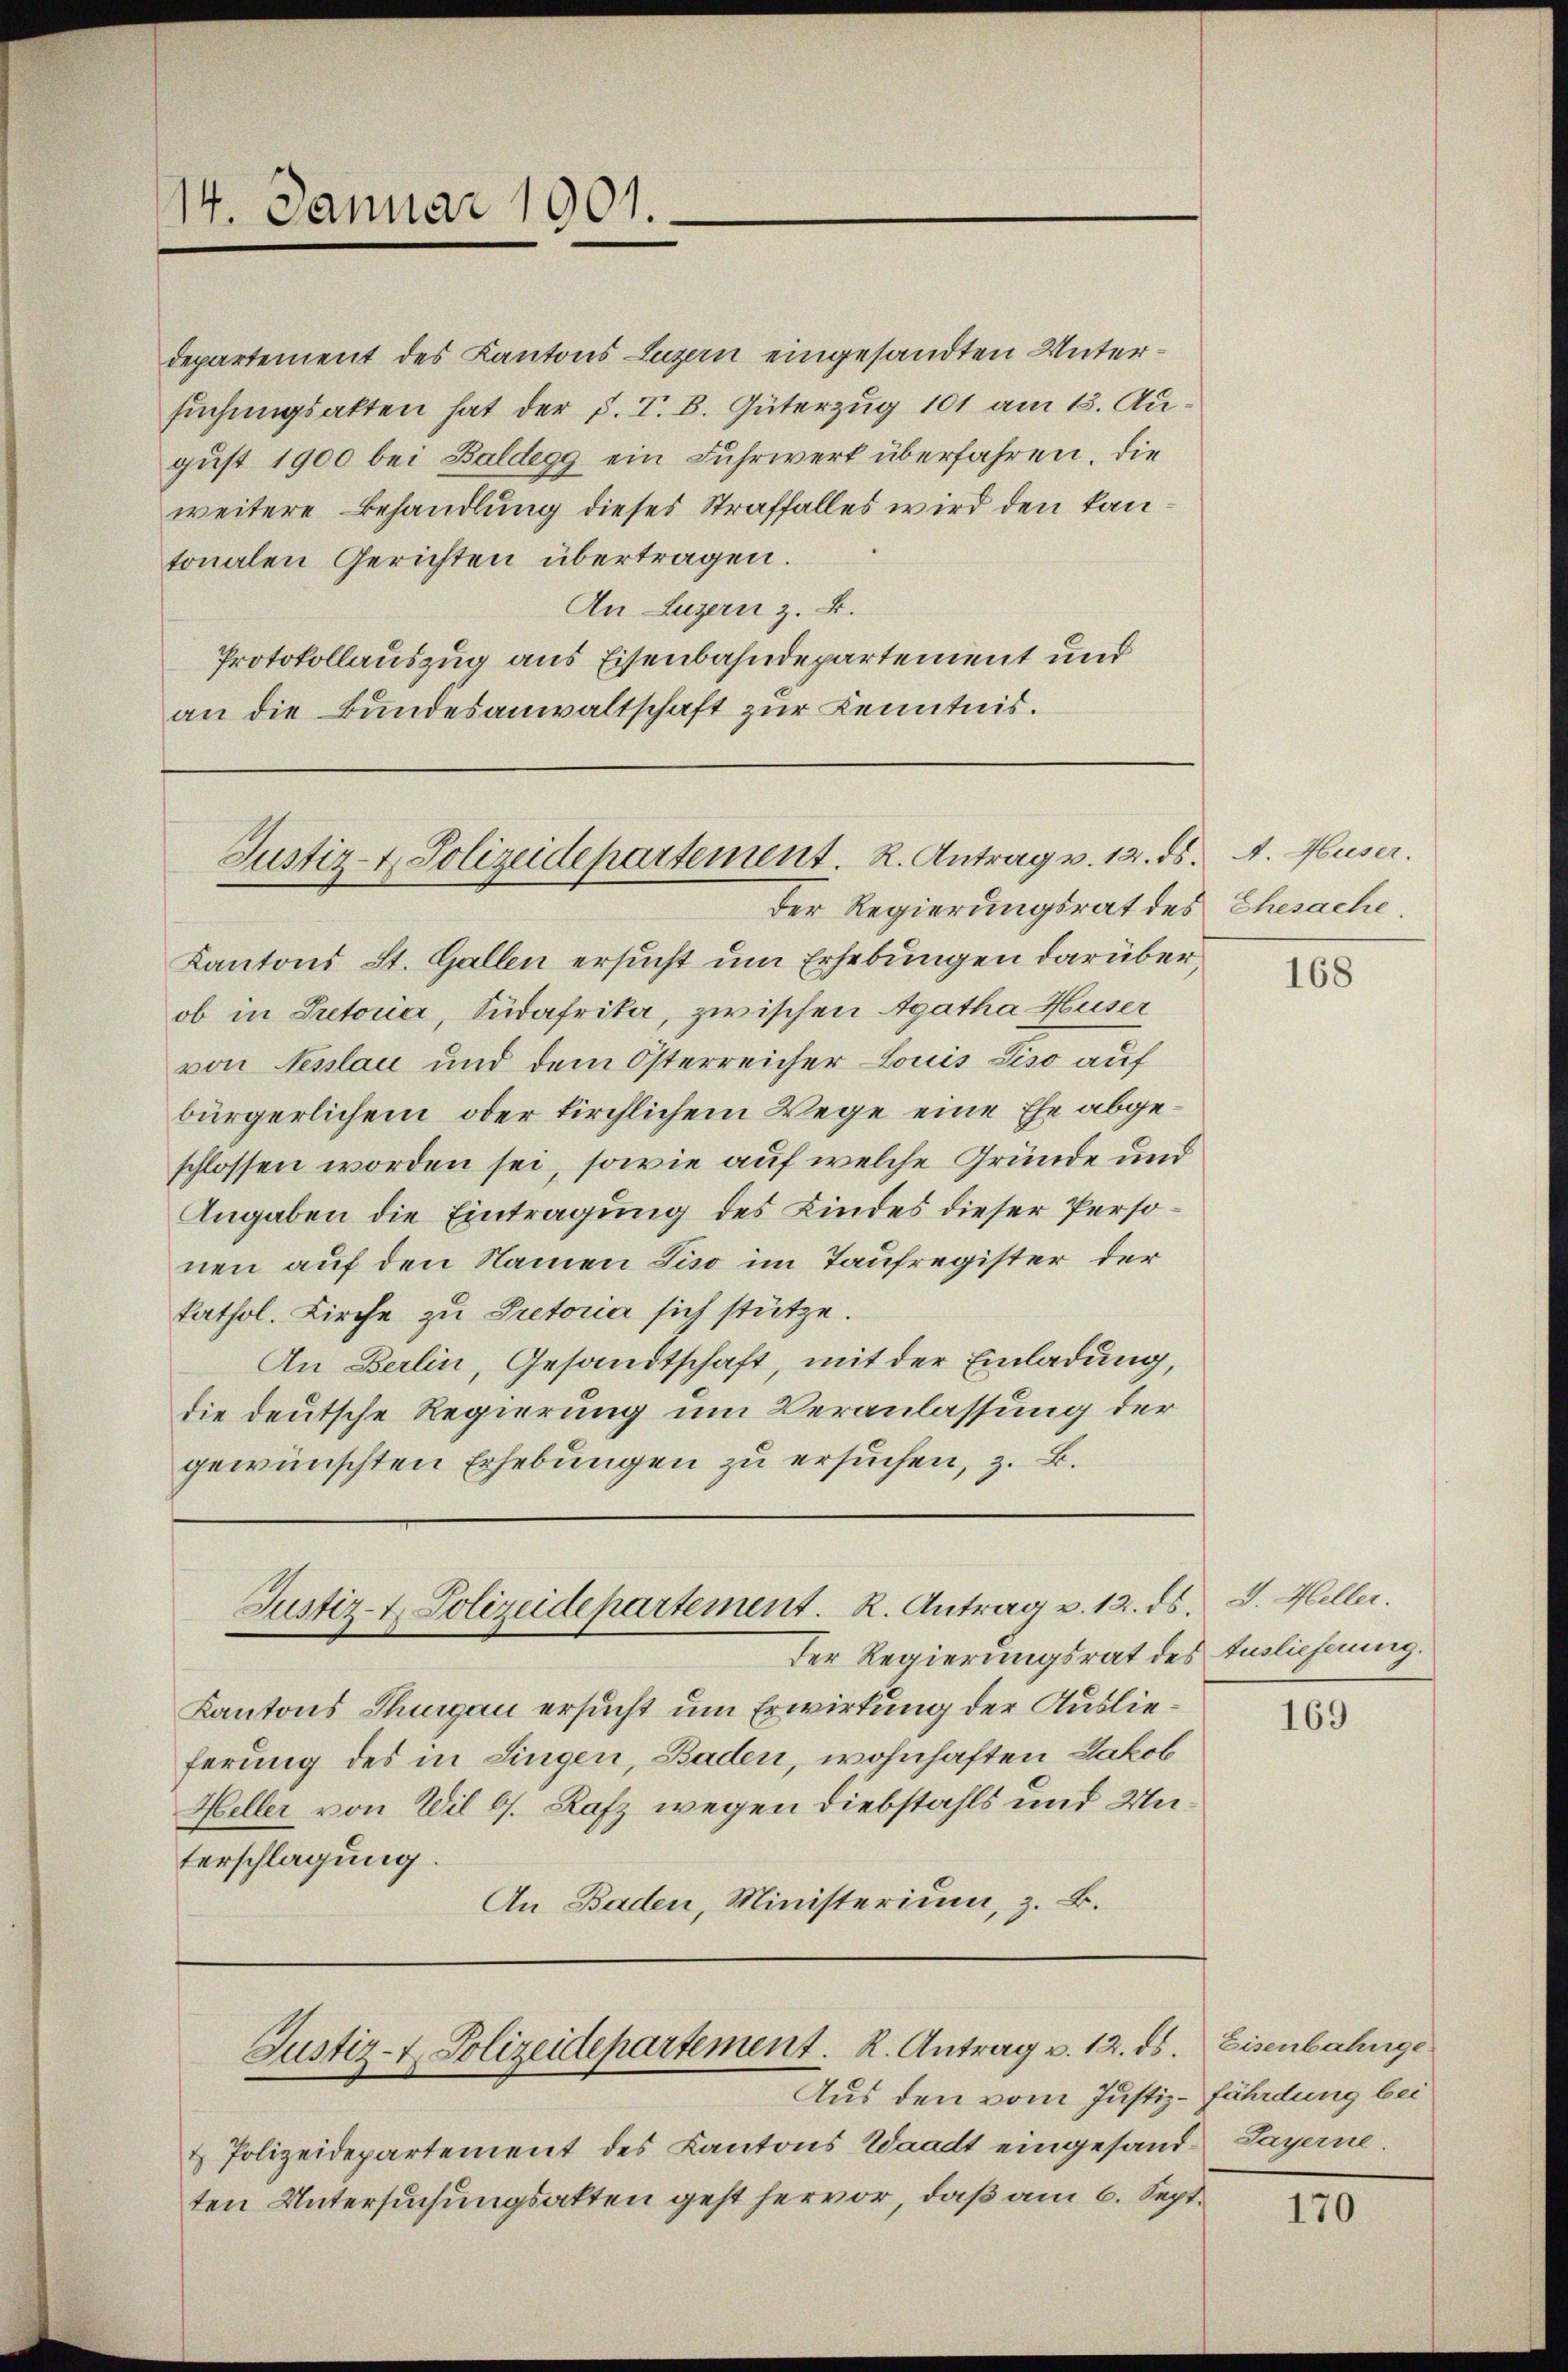
14. Januar 1901.

departement des Kantons Luzern eingesandten Untersuchungsakten hat der h. T. B. Güterzug 101 am 13. August 1900 bei Baldegg ein Fuhrwerk überfahren, die
weitere Behandlung dieses Straffalles wird den kantonalen Gerichten übertragen.
An Luzern z. B.
Protokollauszug aus Eisenbahndepartement und
an die Bundesanwaltschaft zur Kenntnis.

Justiz- & Polizeidepartement. R. Antrag v. 12. ds.

Justiz- & Polizeidepartement. R. Antrag v. 12. ds. J. Heller.

Justiz- & Polizeidepartement. R. Antrag v. 12. ds.

Kantons St. Gallen ersucht um Erhebungen darüberob in Pretoria, Südafrika, zwischen Agatha Huser
von Neslau und dem Österreicher Louis Liso auf
bürgerlichem oder kirchlichem Wege eine Ehe abgeschlossen worden sei, sowie auf welche Gründe und
Angaben die Eintragung des Kindes dieser Personen auf den Namen Tiso im Taufregister der
kathol. Kirche zu Pretoria sich stütze.
An Berlin, Gesandtschaft, mit der Einladung,
die deutsche Regierung um Veranlassung der
gewünschten Erhebungen zu ersuchen, z. B.

Der Regierungsrat des Ehesache

Der Regierungsrat des Auslieferung.
Kantons Thurgau ersucht um Erwirkung der Auslieferung des in Lingen, Baden, wohnhaften Jakob
Heller von Wil 6. Rafz wegen Diebstahls und Unterschlagung.
An Baden, Ministerium, z. B.

Aus den vom Justiz-Fährdung bei
& Polizeidepartement des Kantons Waadt eingesand Layerne.
ten Untersuchungsakten geht hervor, daß am 6. Sept.

A. Huser.

168

169

Eisenbahnge¬

170